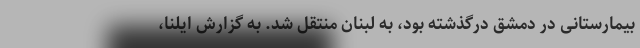
بیمارستانی در دمشق درگذشته بود، به لبنان منتقل شد. به گزارش ایلنا،